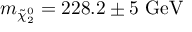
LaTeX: m _ { \tilde { \chi } _ { 2 } ^ { 0 } } = 2 2 8 . 2 \pm 5 \mathrm { \ G e V ~ }